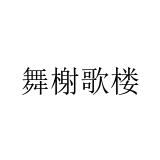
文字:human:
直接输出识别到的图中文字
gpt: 舞榭歌楼